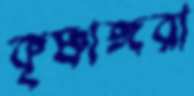
কৃষ্ণাঙ্গরা